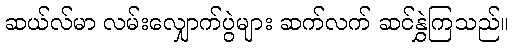
ဆယ်လ်မာ လမ်းလျှောက်ပွဲများ ဆက်လက် ဆင်နွှဲကြသည်။